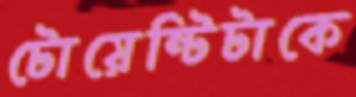
টোয়েন্টিটাকে